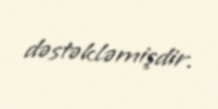
dəstəkləmişdir.